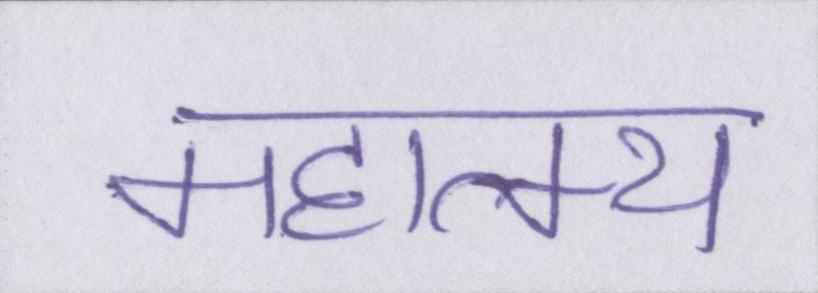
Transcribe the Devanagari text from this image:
महात्म्य